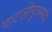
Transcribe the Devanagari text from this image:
पाटलीपुत्रमध्ये